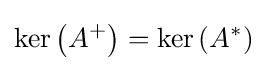
\ker \left(A^{+}\right)=\ker \left(A^{*}\right)